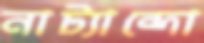
নাট্যান্দো